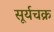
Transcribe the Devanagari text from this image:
सूर्यचक्र